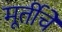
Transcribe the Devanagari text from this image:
मूर्तीचेे